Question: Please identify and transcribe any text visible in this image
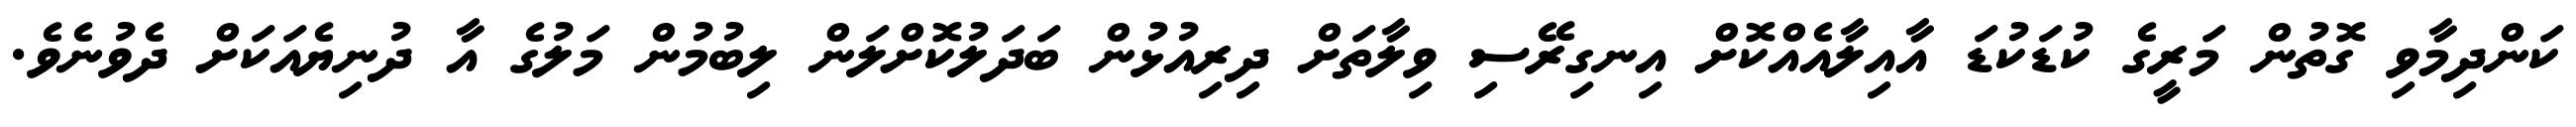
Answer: ކަންދިމާވި ގޮތުން މަރީގެ ކުޑަކުޑަ އާއިލާއެއްކޮށް އިނގިރޭސި ވިލާތަށް ދިރިއުޅުން ބަދަލުކޮށްލަން ލިބުމުން މަލުގެ އާ ދުނިޔެއަކަށް ދެވުނެވެ.